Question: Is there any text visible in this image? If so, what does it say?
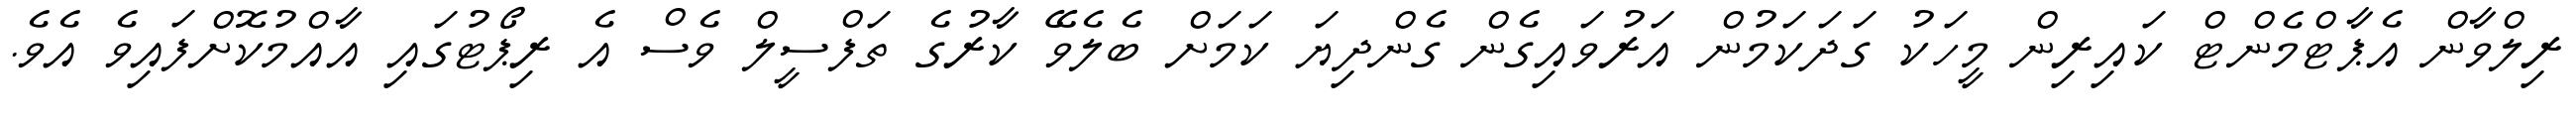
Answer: ރިލްވާން އެޕާޓްމެންޓް ކައިރިން މީހަކު ގަދަކަމުން އަރުވައިގެން ގެންދިޔަ ކަމަށް ބެލެވޭ ކާރުގެ ތަފްސީލް ވެސް އެ ރިޕޯޓުގައި އާއްމުކޮށްފައިވެ އެވެ.